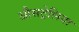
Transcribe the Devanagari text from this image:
औसट्रेलिया